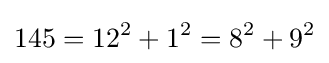
145=12^{2}+1^{2}=8^{2}+9^{2}